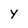
Character: y